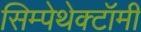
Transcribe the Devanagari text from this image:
सिम्पेथेक्टॉमी